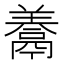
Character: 𩱁